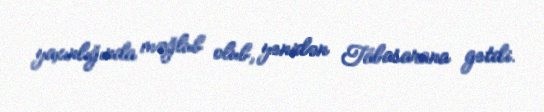
yaxınlığında məğlub olub, yenidən Tabasarana getdi.